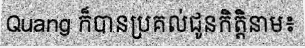
Quang ក៏បានប្រគល់ជូនកិត្តិនាម៖